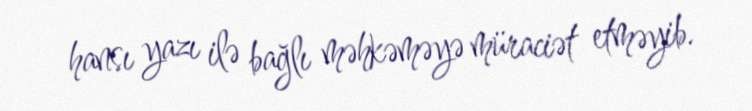
hansı yazı ilə bağlı məhkəməyə müraciət etməyib.